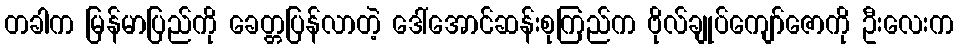
တခါက မြန်မာပြည်ကို ခေတ္တပြန်လာတဲ့ ဒေါ်အောင်ဆန်းစုကြည်က ဗိုလ်ချုပ်ကျော်ဇောကို ဦးလေးက